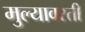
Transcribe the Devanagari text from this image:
मुल्यावरती